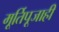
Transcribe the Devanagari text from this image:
मूर्तिपूजाही